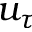
u _ { \tau }